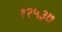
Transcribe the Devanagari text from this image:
१२५३७